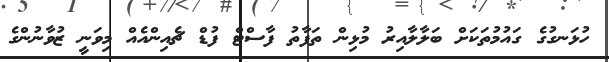
ހުޅަނގުގެ ގައުމުތަކަށް ބަލާލާއިރު މުޅިން ތަފާތު ފާސްޓް ފުޑް ޗެއިންއެއް މިވަނީ ޒުވާނުންގެ